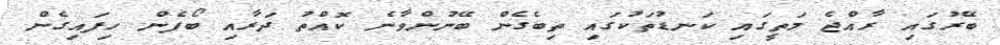
ބޭރުގައި ރާއްޖެ މަތީގައި ކަނޑުތަކުގައި ތިބެގެން ބޭނުންވާނެ ކޮއްތު ދަރާއި ބޯފެން ހިފައިގެން